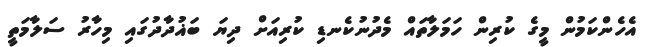
އެހެންކަމުން މީގެ ކުރިން ހަމަލާތައް މެދުނުކެނޑި ކުރިއަށް ދިޔަ ބަޣުދާދުގައި މިހާރު ސަލާމަތީ